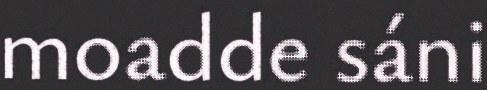
moadde sáni